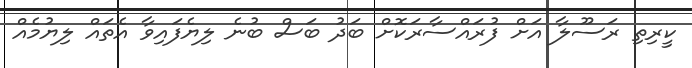
ކީރިތި ރަސޫލާ އަށް ފުރައްސާރަކޮށް ބަދު ބަސް ބުނެ ލިޔެފައިވާ އެތައް ލިޔުމެއް